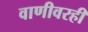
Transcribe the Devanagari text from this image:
वाणीवरही